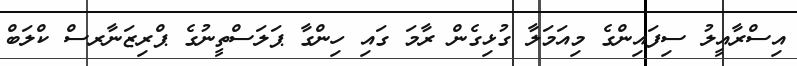
އިސްރާއީލު ސިފައިންގެ މިއަމަލާ ގުޅިގެން ރާމަ ގައި ހިންގާ ޕަލަސްތީނުގެ ޕްރިޒަނާރސް ކްލަބް